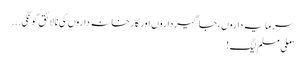
سرمایہ داروں ، جاگیرداروں اور کارخانہ داروں کی نالائق گونگی ...
”ملی مسلم لیگ !